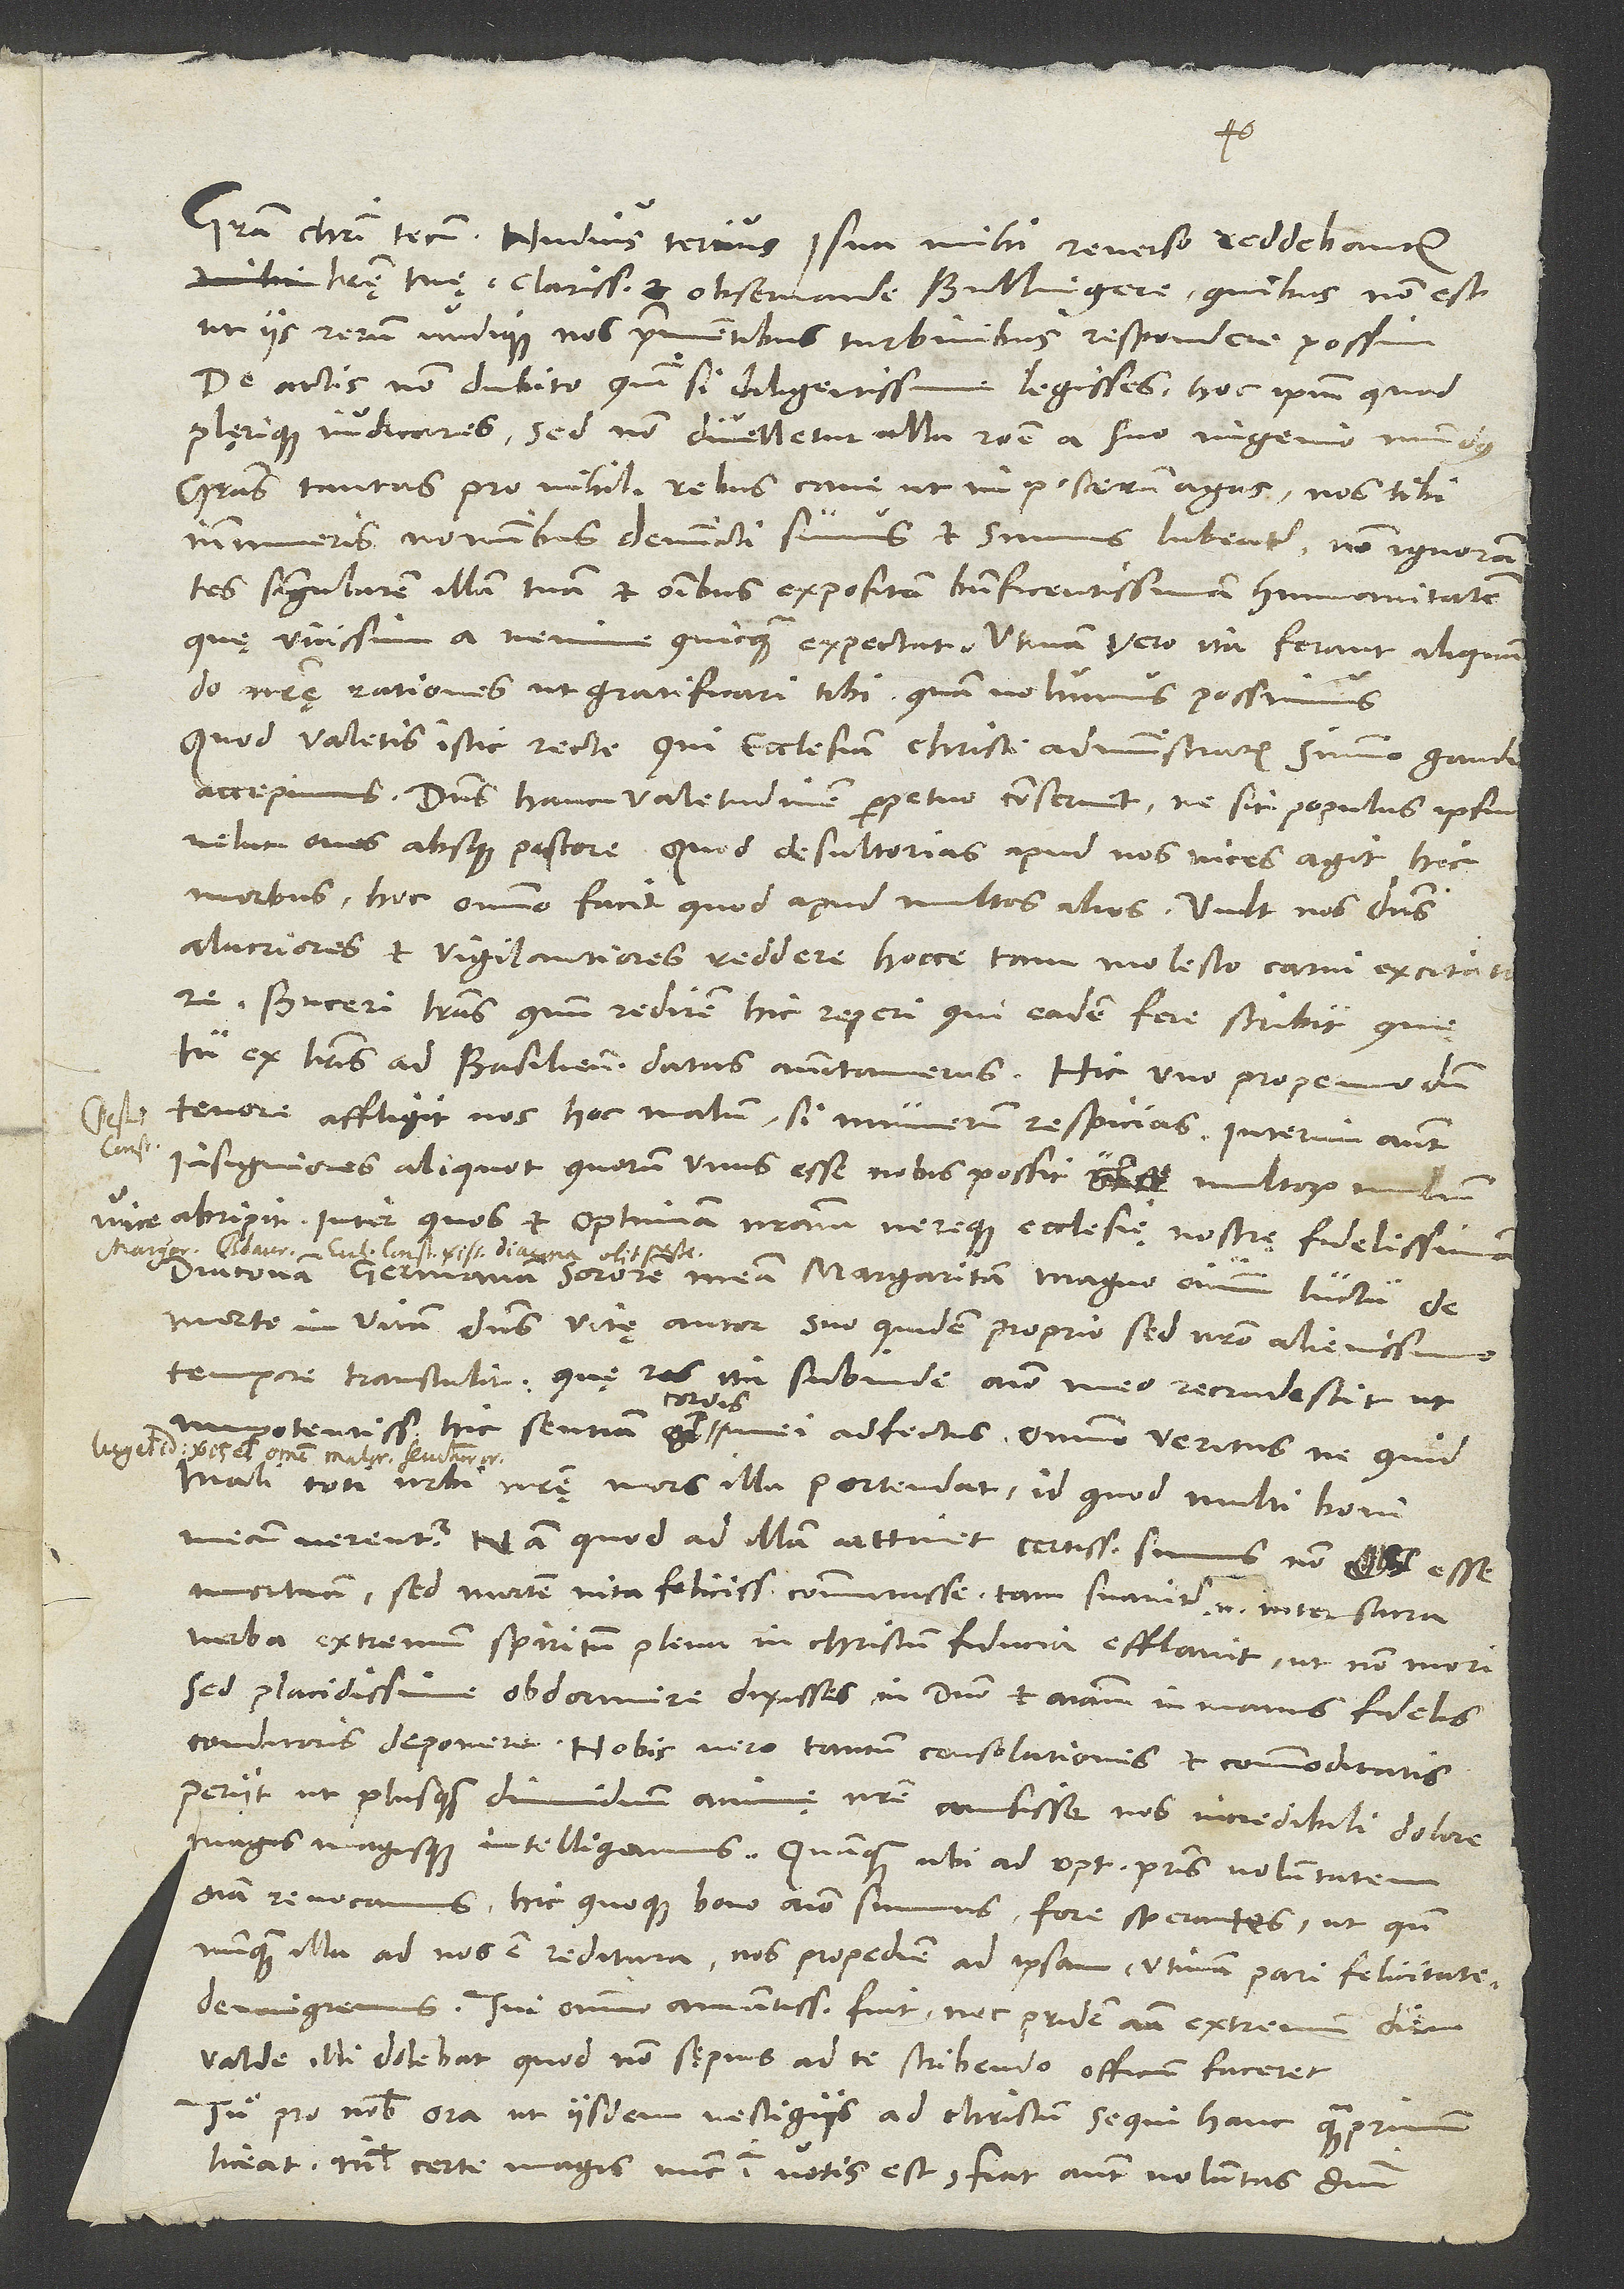
literę tuę, clarissime et observande Bullingere, quibus non est,
ut iis rerum undique nos prementibus turbinibus respondere possim.
De actis non dubito, quin, si diligentissime legisses, hoc ipsum quod
plęrique iudicares; sed non divelletur ulla ratione a suo ingenio mundus.
Gratias tantas pro nihili rebus cave, ut in posterum agas; nos tibi
innumeris nominibus devincti sumus et sumus libenter non ignorantes
singularem illam tuam et omnibus expositam beneficentissimam humanitatem,
quę vicissim a nemine quicquam expectat. Utinam vero ita ferant aliquando
rationes, ut gratificari tibi, quam volumus, possimus!
Quod valetis istic recte, qui ecclesiam Christi administratis, summo gaudio
accepimus. Dominus hanc valetudinem perpetuo conservet, ne sit populus ipsius
velut oves absque pastore. Quod desultorias apud nos vices agit hic
morbus, hoc omnino facit, quod apud multos alios. Vult nos dominus
alacriores et vigilantiores reddere hocce tam molesto carni excitatore.
Buceri literas, quum redirem, hic reperi, qui eadem fere scribit, quę
tu ex literis ad Basilienses datis annotaveras. Hic uno propemodum
tenore affligit nos hoc malum, si numerum respicias; interim autem
insigniores aliquot, quorum unus esse nobis possit vice multorum milium,
d.
abripit. Inter quos et optimam nostram vereque ecclesię nostrę fidelissimam
diaconam, germanam sororem meam Margaritam magno omnium luctu de
morte in vitam dominus, vitę autor, suo quidem proprio, sed nostro alienissimo
tempore transtulit. Quę res ita subinde animo meo recrudescit, ut
impotentissimos hic sentiam cordis mei adfectus omnino veritus, ne quid
mali toti urbi nostrę mors illa portendat, id quod multi boni
mecum verentur. Nam quod ad illam attinet, certissimi sumus non esse
mortuam, sed mortem vita felicissima commutasse; tam suaviter enim inter sacra
verba extremum spiritum plena in Christum fiducia efflavit, ut non mori,
sed placidissime obdormire dixisses in domino et animam in manus fidelis
conditoris deponere. Nobis vero tantum consolationis et commoditatis
periit, ut plusquam dimidium animę nostre amisisse nos incredibili dolore
magis magisque intelligamus. Quamquam, ubi ad optimi patris voluntatem
omnia revocamus, hic quoque bono animo sumus fore sperantes, ut, quando
nunquam illa ad nos est reditura, nos propediem ad ipsam, utinam pari felicitate,
demigremus. Tui omnino amantissima fuit nec pridem ante extremum diem
valde illi dolebat, quod non sępius ad te scribendo officium faceret.
Tu pro nobis ora, ut iisdem vestigiis ad Christum sequi hanc quamprimum
liceat; nihil certe magis nunc in votis est; fiat autem voluntas domini.